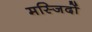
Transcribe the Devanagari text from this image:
मस्‍जिदों